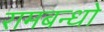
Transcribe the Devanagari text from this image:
रामबन्धो